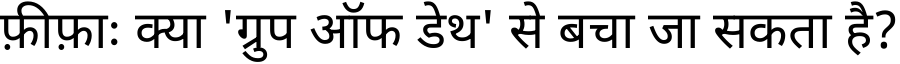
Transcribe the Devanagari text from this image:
फ़ीफ़ाः क्या 'ग्रुप ऑफ डेथ' से बचा जा सकता है?